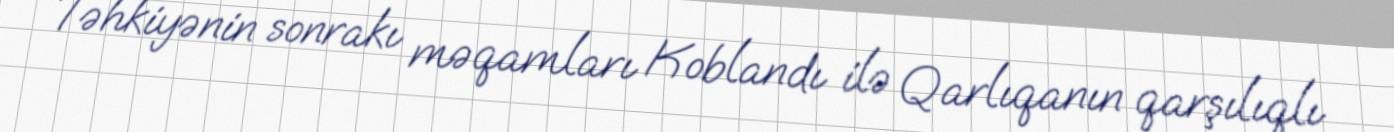
Təhkiyənin sonrakı məqamları Koblandı ilə Qarlıqanın qarşılıqlı